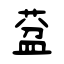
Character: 葐